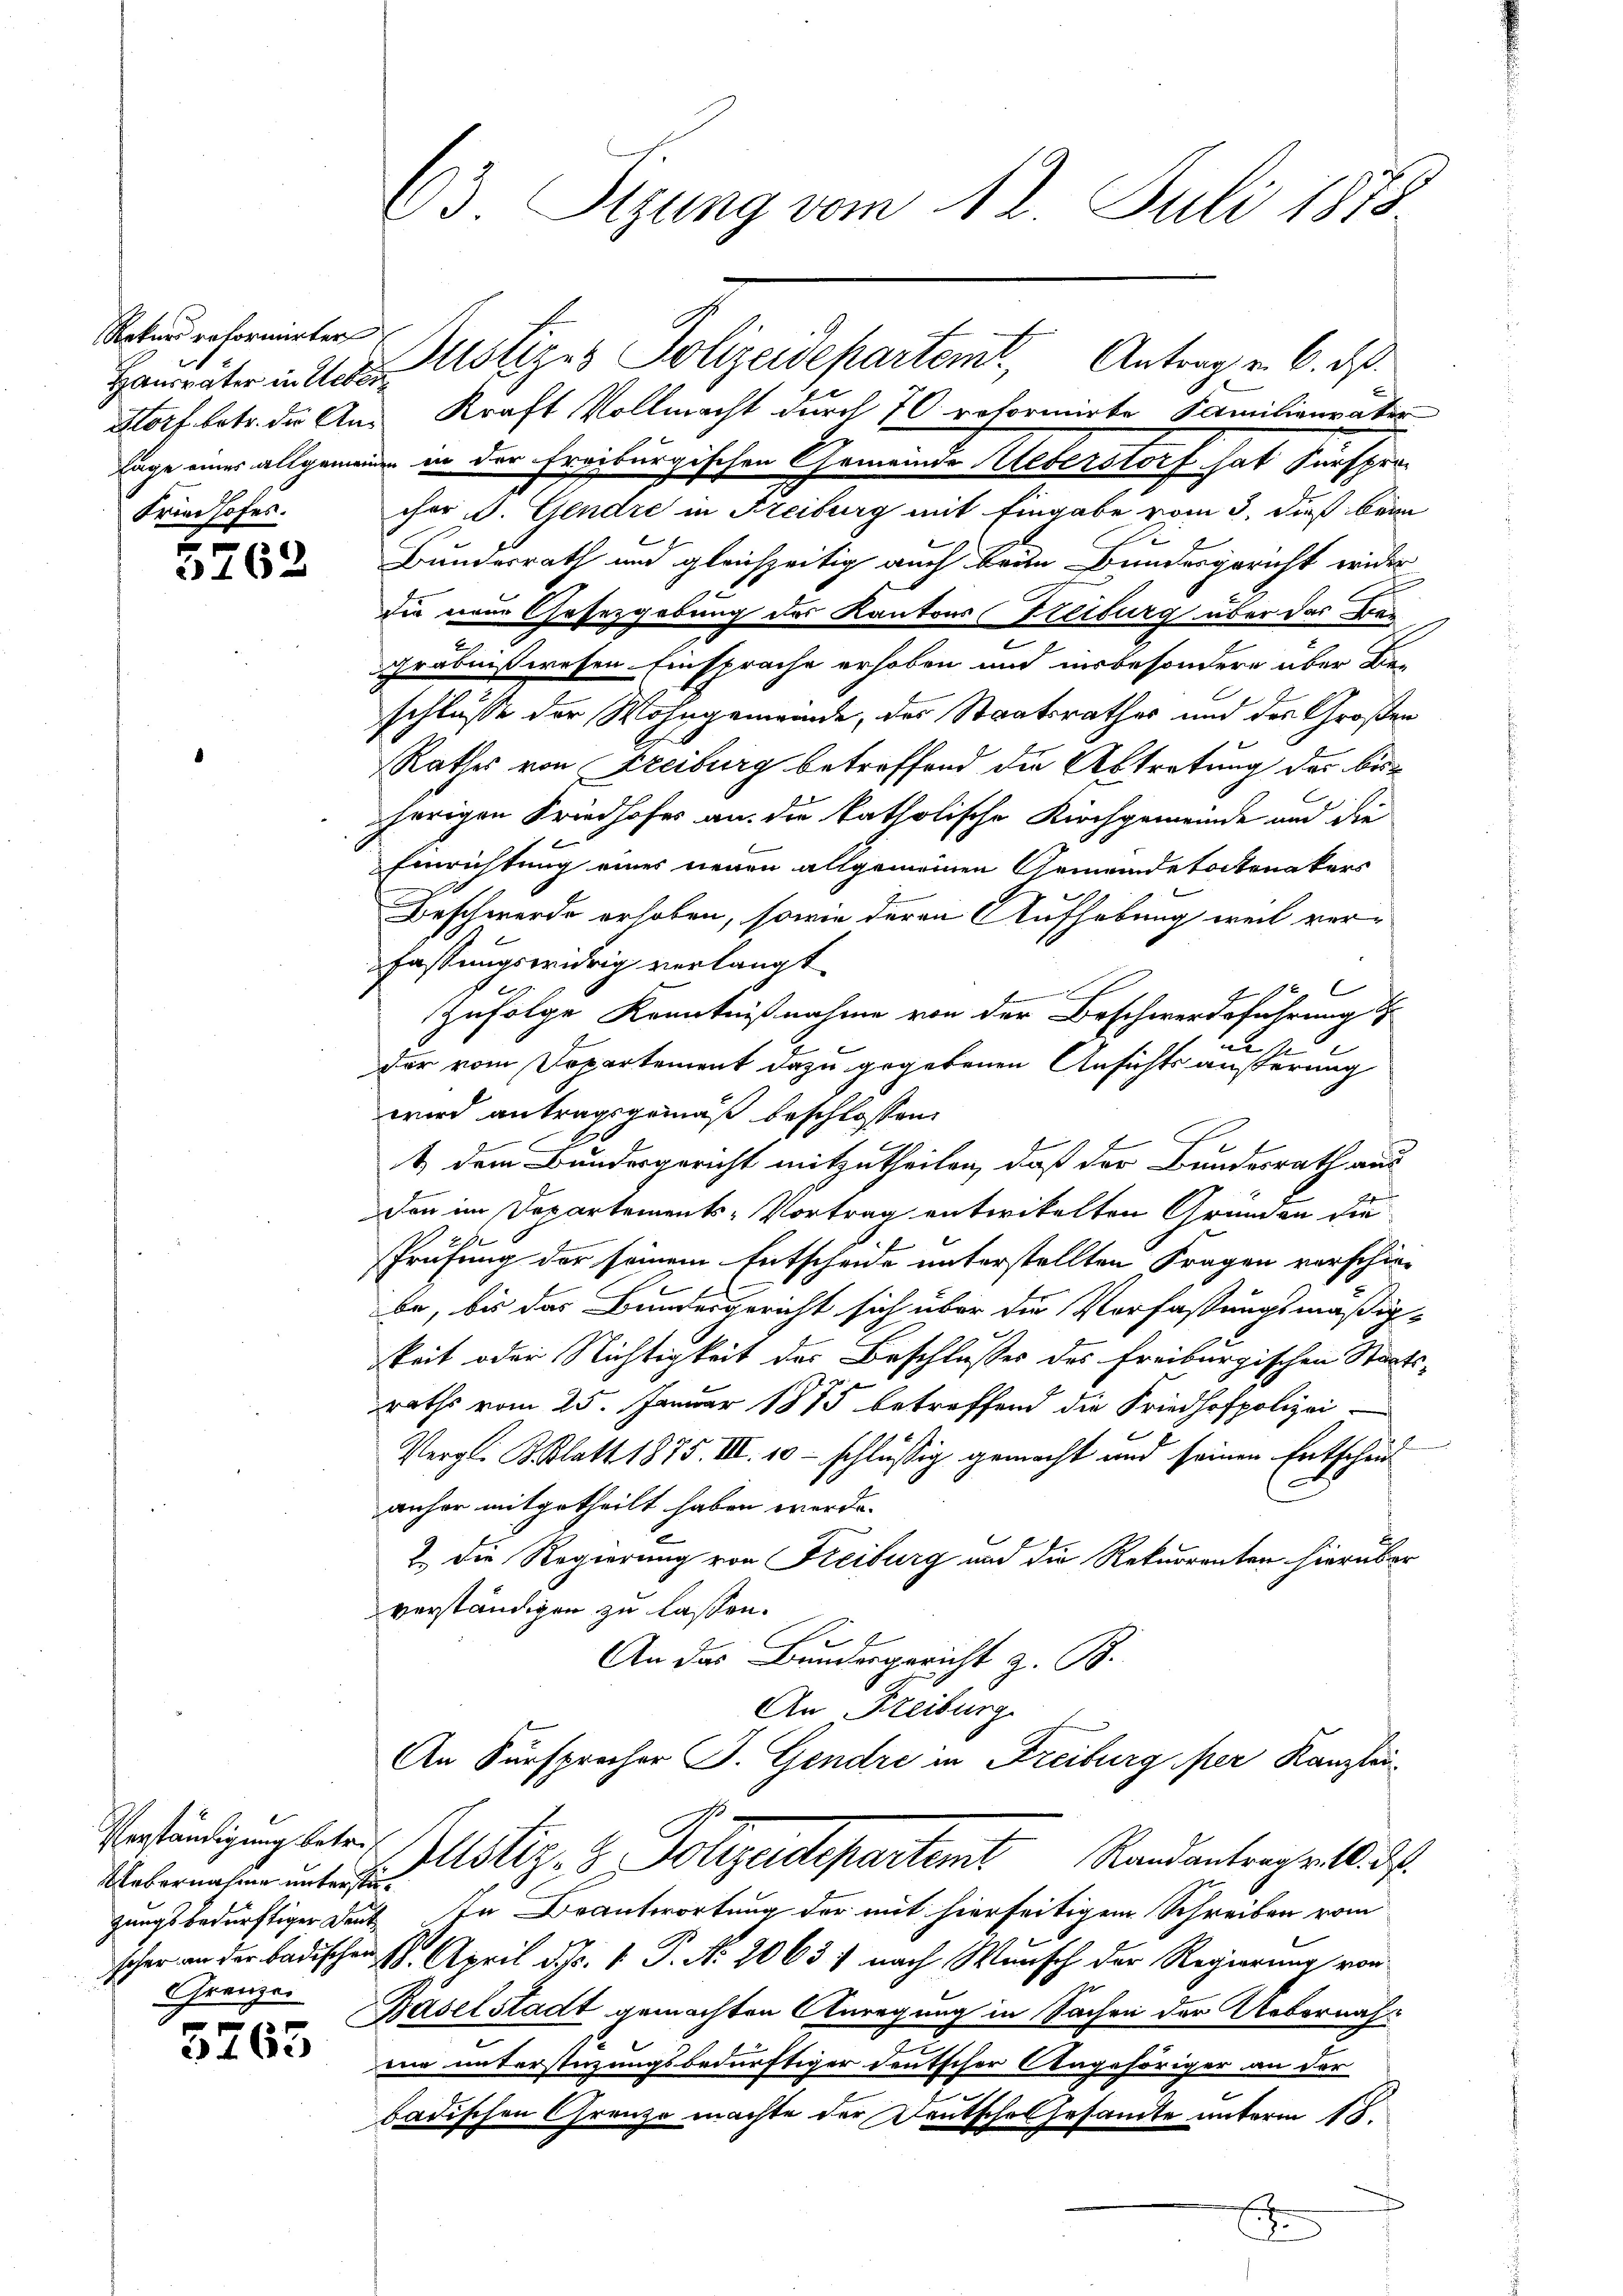
Rekurs reformirter
Friedhofes.

2
5762

Uebernahme unterstü¬
Grenze

5765

23. Sitzung vom 12. Juli 1878.

Hort betr. die Aus Kraft Vollmacht durch 70 reformirte Familienvater
Tage eines allgemeine in der Freiburgischen Gemeinde Ueberstorf hat Fürsprocher d. Gendre in Freiburg mit Eingabe vom 3. dieß beim
Bundesrath und gleichzeitig auch beide Bundesgericht wider
die neue Gesetzgebung des Kantons Treiburg über das Dei
u
gräbnißwesen Einsprache erhoben und insbesondere über Be-
schlusse der Wohngemeinde, des Staatsrathes und des Großen
Rathes von Freiburg betreffend die Abtretung der beherigen Friedhofes an die katholische Kirchgemeinde und die
Einrichtung eines neuen allgemeinen Gemeindetotenakers
Beschwerde erhoben, sowie deren Aufhebung weil ver-
fassungswidrig verlangt
E
zufolge Kenntnißnahme von der Beschwerdeführung d
de sie
Der vom Departement dazu gegebenen Ansichts äußerung
wird antragsgemäß beschlossen:
1 dem Bundesgericht mitzutheilen, daß der Bundesrath aus

Den im Departements-Vortrag entwikelten Gründen die
Prüfung der seinem Entscheide unterstellten Fragen verschie-
be, bis das Bundesgericht sich über die Verfaßungsmäßig
keit oder Nichtigkeit der Beschlusses des Freiburgischen Staatsraths vom 25. Januar 1875 betreffend die Friedhofpolizei-
Vergl. Blatt 1875. III. 10 - schlüssig gemacht und seinen Entscheit
anher mitgetheilt haben werde.
2 die Regierung von Freiburg und die Rekurrenten hierüber
verständigen zu lassen.
An das Bundesgericht z. B.
An Freiburg
An Fürsprecher J. Gendre in Freiburg per Kanzlei

Hampräter in der Nötiges Polizeidepartemt, Antrag v. 6. ds.

Verständigung betr. stiz- & Polizeidepartem Randantrage 10. d.

zungsbedürftiger Deut. In Beantwortung der mit hierseitigem Schreiben vom
scher an der badischen 1. April d. J. V. P. Nr. 2063) nach Wunsch der Regierung von
Baselstadt gemachten Anregung in Sachen der Uebernahei unterstüzungsbedürftiger deutscher Angehöriger an der
badischen Grenze machte der Deutsche Gesamte unterm 18.
.